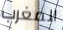
المغرب